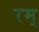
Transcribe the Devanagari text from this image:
रम्